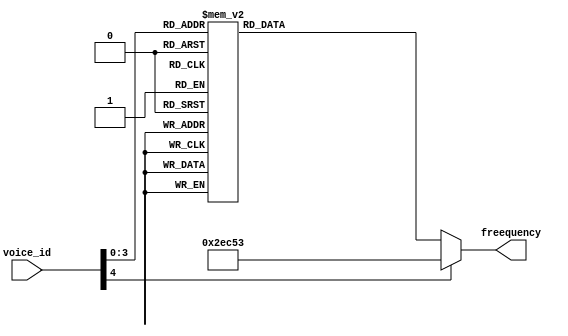






module Frequency_Selection(
	input		[4:0]				voice_id,
	output 	reg[21:0]		freequency
);





always@(*)
begin
	case(voice_id)
	5'd1:	freequency = 'd191571;
	5'd2: freequency = 'd170648;
	5'd3:	freequency = 'd151975;
	5'd4: freequency = 'd143266;
	5'd5: freequency = 'd127551;
	5'd6: freequency = 'd113636;
	5'd7: freequency = 'd100200;
	
	5'd8: freequency = 'd95602;
	5'd9: freequency = 'd85178;
	5'd10: freequency = 'd75872;
	5'd11: freequency = 'd71633;
	5'd12: freequency = 'd63775;
	5'd13: freequency = 'd56818;
	5'd14: freequency = 'd50100;
	
	
	
	default: freequency = 'd191571;
	endcase



end








endmodule